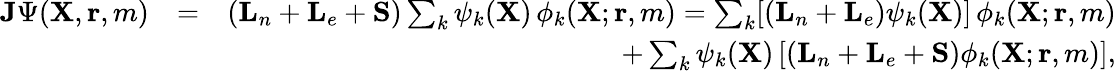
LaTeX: \begin{array}{rlr}{{\mathbf{J}}\Psi({\mathbf{X}},{\mathbf{r}},m)}&{=}&{({\mathbf{L}}_{n}+{\mathbf{L}}_{e}+{\mathbf{S}})\sum_{k}\psi_{k}({\mathbf{X}})\, \phi_{k}({\mathbf{X}};{\mathbf{r}},m)=\sum_{k}[({\mathbf{L}}_{n}+{\mathbf{L}}_{e})\psi_{k}({\mathbf{X}})]\, \phi_{k}({\mathbf{X}};{\mathbf{r}},m)}\\ &{}&{\qquad+\sum_{k}\psi_{k}({\mathbf{X}})\, [({\mathbf{L}}_{n}+{\mathbf{L}}_{e}+{\mathbf{S}})\phi_{k}({\mathbf{X}};{\mathbf{r}},m)],}\end{array}